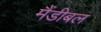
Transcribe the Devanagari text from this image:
मैंडीबल